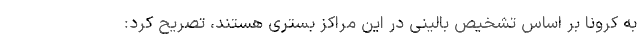
به کرونا بر اساس تشخیص بالینی در این مراکز بستری هستند، تصریح کرد: